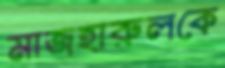
মাজহারুলকে